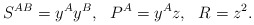
\begin{align*}S^{AB}=y^Ay^B,~~P^A=y^Az,~~R=z^2.\end{align*}